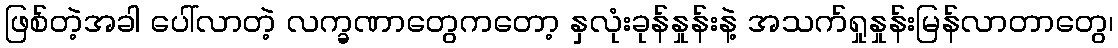
ဖြစ်တဲ့အခါ ပေါ်လာတဲ့ လက္ခဏာတွေကတော့ နှလုံးခုန်နှုန်းနဲ့ အသက်ရှုနှုန်းမြန်လာတာတွေ၊